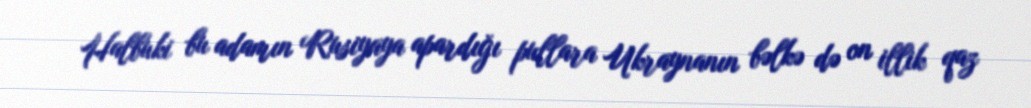
Halbuki bu adamın Rusiyaya apardığı pullara Ukraynanın bəlkə də on illik qaz